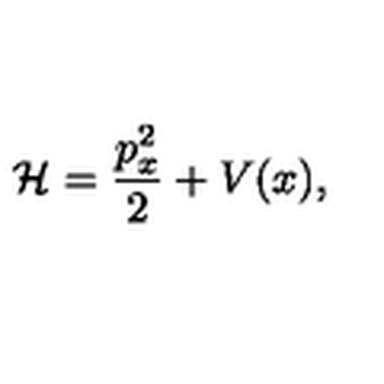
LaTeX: \mathcal { H } = \frac { p _ { x } ^ { 2 } } { 2 } + V ( x ) ,